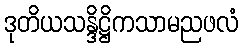
ဒုတိယသန္ဒိဋ္ဌိကသာမညဖလံ